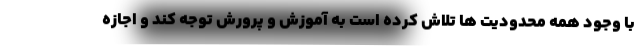
با وجود همه محدودیت ها تلاش کرده است به آموزش و پرورش توجه کند و اجازه